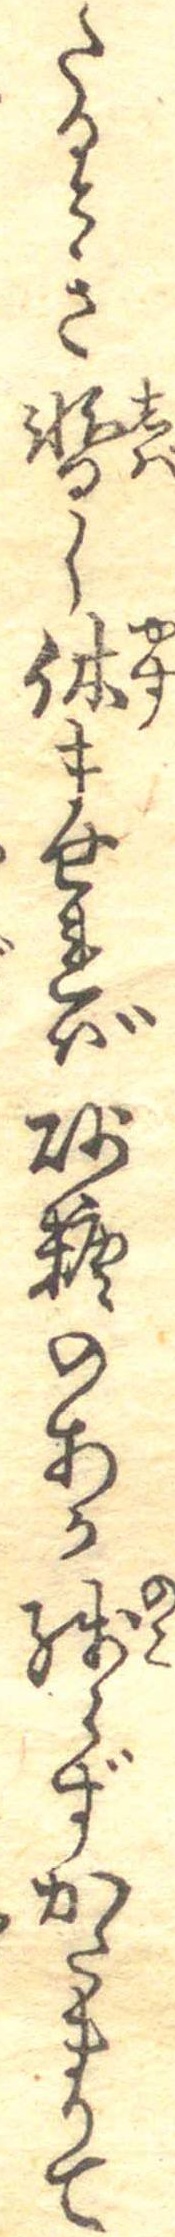
たるとき暫し休ませれば砂糖のあか残らずかたまりて